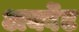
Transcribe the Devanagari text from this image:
अर्क्वेट